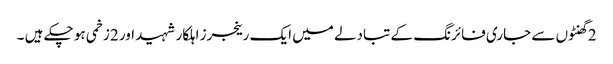
2 گھنٹوں سے جاری فائرنگ کے تبادلے میں ایک رینجرز اہلکار شہید اور 2زخمی ہو چکے ہیں ۔